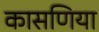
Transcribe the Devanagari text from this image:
कासणिया